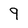
Character: 9